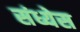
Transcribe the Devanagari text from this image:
संध्येस